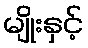
မျိုးနှင့်